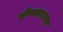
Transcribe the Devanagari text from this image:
भीष्मशरशय्या